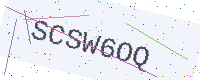
Text: SCSW6OQ